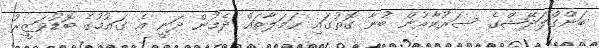
ބަންގްލަދޭޝްގެ ސަރުކާރުން ބުނާ ގޮތުގައި ހަމަލާތައް ދެމުން ދަނީ އެ ގައުމުގެ ބޮޑުވަޒީރު